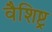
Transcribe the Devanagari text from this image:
वैशिष्ट्र